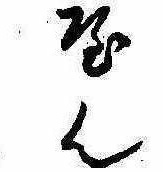
やん